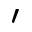
'